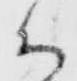
云